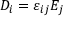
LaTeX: D _ { i } = \varepsilon _ { i j } E _ { j }